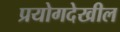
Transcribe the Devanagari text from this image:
प्रयोगदेखील